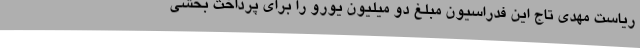
ریاست مهدی تاج این فدراسیون مبلغ دو میلیون یورو را برای پرداخت بخشی